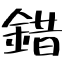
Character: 錯